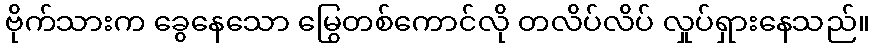
ဗိုက်သားက ခွေနေသော မြွေတစ်ကောင်လို တလိပ်လိပ် လှုပ်ရှားနေသည်။